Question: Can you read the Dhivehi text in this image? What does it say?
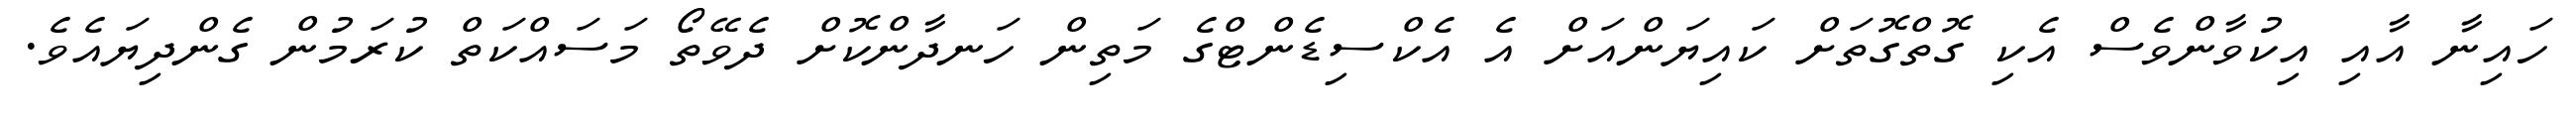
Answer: ހައިނާ އާއި އިކުވާންވެސް އެކި ގޮތްގޮތަށް ކައިޔަންއަށް އެ އެކްސިޑެންޓްގެ މަތިން ހަނދާންކޮށް ދެވޭތޯ މަސައްކަތް ކުރަމުން ގެންދިޔައެވެ.